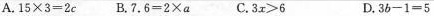
A.$$1 5 \times 3 = 2 c$$ B.$$7 . 6 = 2 \times a$$ C.$$3 x > 6$$ D.$$3 b - 1 = 5$$